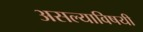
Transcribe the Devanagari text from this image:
असल्याविषयी